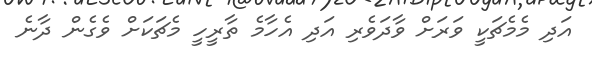
އަދި މެމެޗަކީ ވަރަށް ވާދަވެރި އަދި އެހާމެ ތާރީހީ މެޗަކަށް ވެގެން ދާނެ